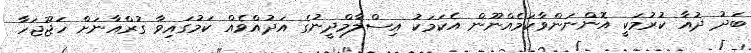
ބަދު ދުއާ ކުރުމަކީ އޮންނަންވާކަމެއްނޫން އެކަމަކު އިސްލާމްދީނުގެ އަދުއްވެއް ކަމުގައިވާ ގުރްއާނަށް ހަޖޫޖަހާ